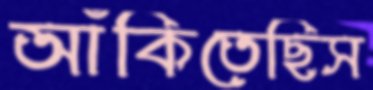
আঁকিতেছিস